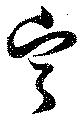
寧